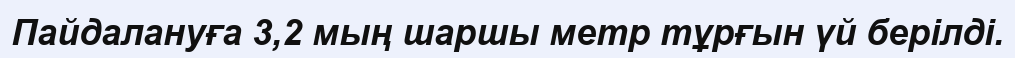
Пайдалануға 3,2 мың шаршы метр тұрғын үй берiлдi.